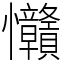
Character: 𢦅